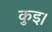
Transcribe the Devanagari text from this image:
कुइ।